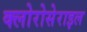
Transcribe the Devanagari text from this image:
क्लोरोसेराइल